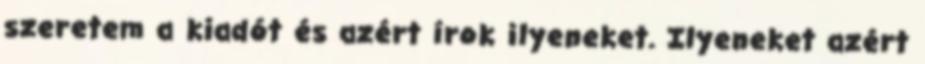
szeretem a kiadót és azért írok ilyeneket. Ilyeneket azért